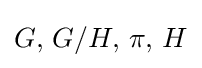
G,\,G/H,\,\pi ,\,H